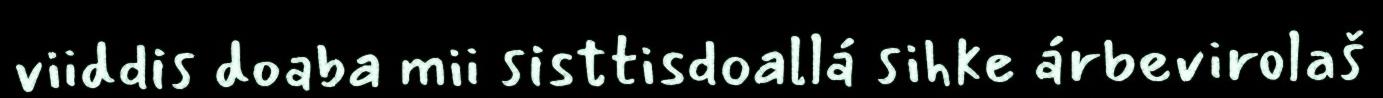
viiddis doaba mii sisttisdoallá sihke árbevirolaš